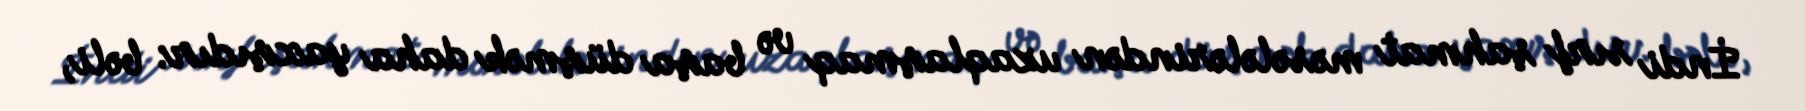
İndi sırf şahmat məsələlərindən uzaqlaşmaq və başa düşmək daha yaxşıdır: bəli,